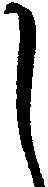
し